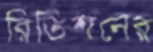
রিভিশনের